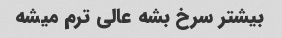
بیشتر سرخ بشه عالی ترم میشه